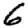
Digit: 6